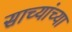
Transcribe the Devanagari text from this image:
साच्यांच्या